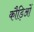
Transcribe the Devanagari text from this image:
कौड़िओं